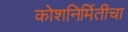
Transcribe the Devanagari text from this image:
कोशनिर्मितीचा